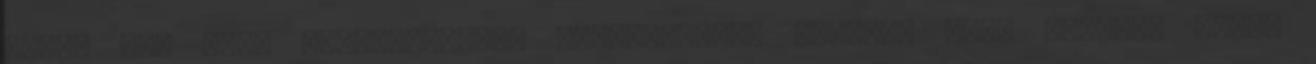
Mária út, túra Feliratkozás: Megjegyzések küldése Atom Keresés ebben